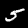
Digit: 5